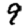
Digit: 9